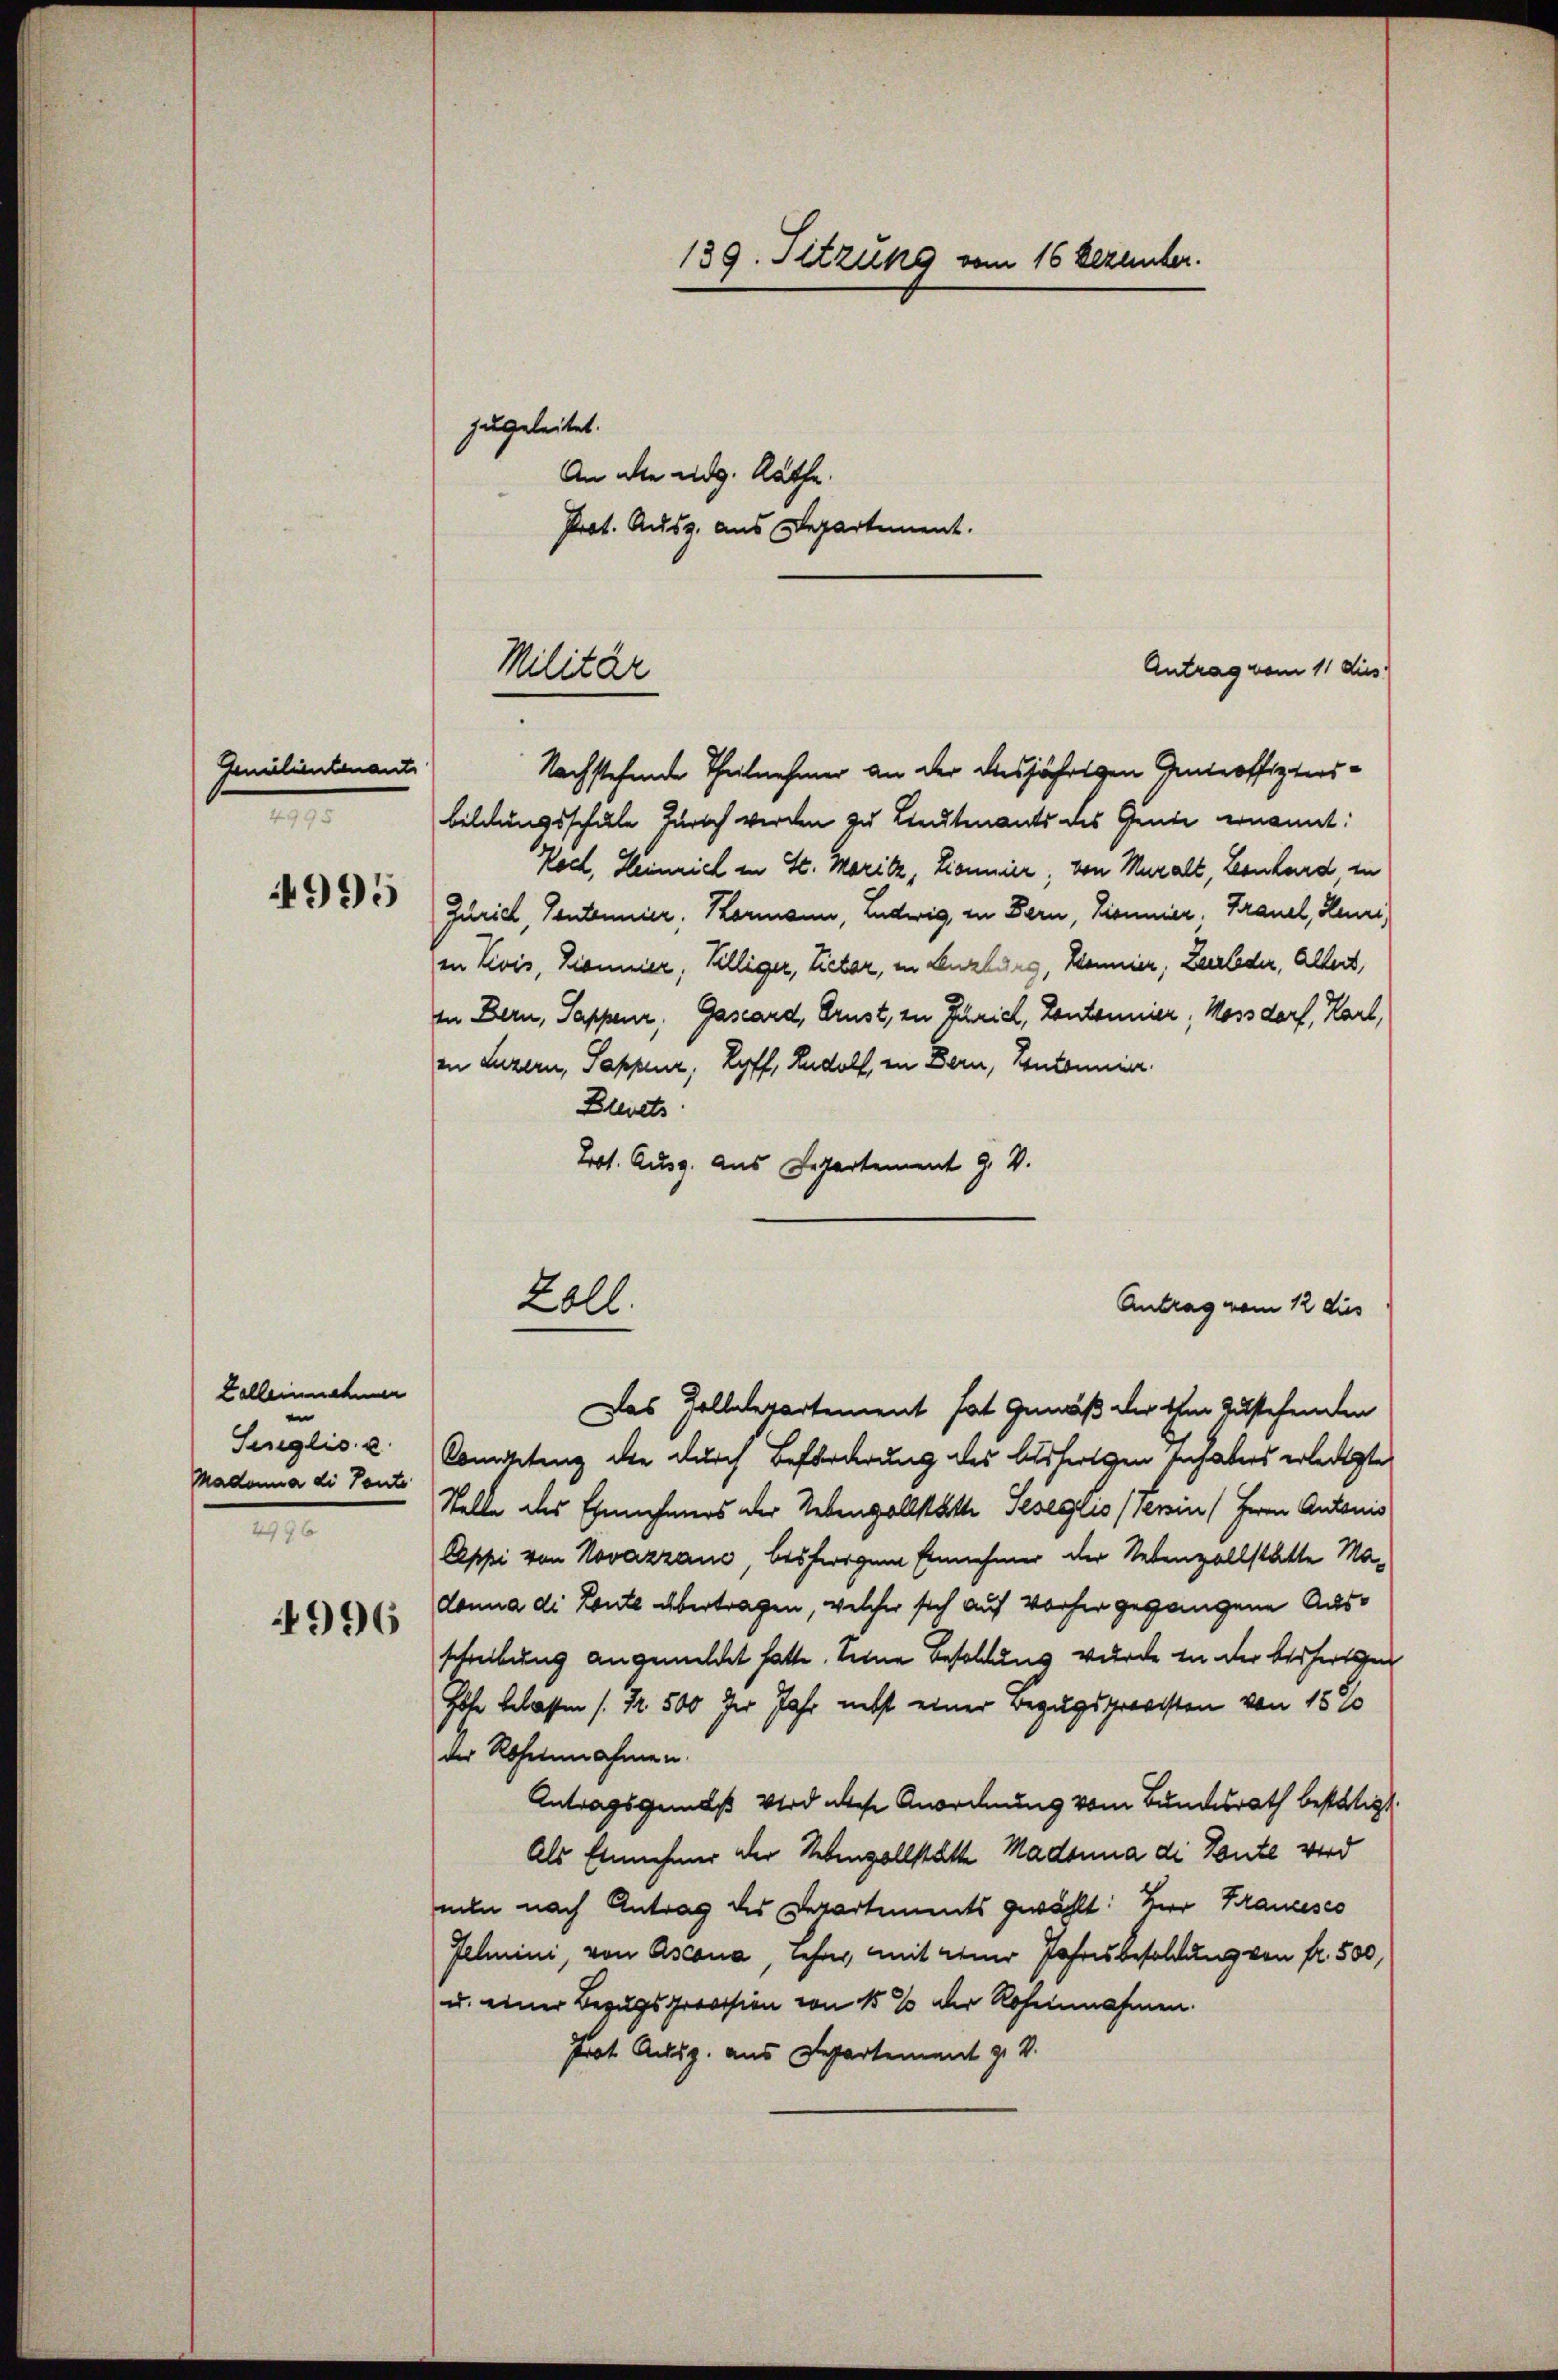
.

Familientenant

4995

Zelleinehmen
e
Senglisa
Madonna die Tante
2

4996

139. Sitzung vom 16 Dezember.
zugeleitet.
An alle eidg. Räthe.
Prot. Ausg. aus Departement.

Antrag vom 11 dies
Nachstehende Theilnehmer an der diesjährigen Anteoffiziersbildungsschule Zürich werden zu Lieutenants des Genie ernannt:
Koch, Heinrich in St. Moritz, Lionnier, von Muralt, Leonhard in
Zürich, Cantonnier, Kormann, Ludwig, in Bern, Sonnier, Frauel, Henri
in Zivis, Kommer, Villiger, Rietor, in Lenzlang, Konnier, Zeerleder, Altert,
In Bern, Sappenr, Gascard, Brust, zu Zürich, Cantonnier, Mossdorf, Karl,
in Luzern, Sappeur, Hoff, Rudolf, in Bern, Contonnier
Blevets
Pot. Ausg. Aus Departement J. V.
Antrag vom 12 dies
Das Zolldepartement hat Gemäß der ihm zustehenden
Competenz die durch Beförderung des Ausfertigen sich abers erledigte
Stelle des Ernehmers der Nebenvollstätte Seseguis (Perin (Herrn Antonis
Appi von Novazzaue, bisherigen Einnehmer der Nebenzollstatte Ma-
donna di Leute übertragen, welcher sich auf vorher gegangene Ausschreibung angemeldet hatte. Seine Besoldung wurde in der beifertigen
Hohe belassen (Nr. 500 der Jahr nebst einer Bezugsprovisten von 15 %
der Rohennahmen.
Antragsgemäß wird diese Anordnung vom Bundesrath bestätigt
Als Einnehmer der Nebenvollstätte Madonna di Leute wird
nun nach Antrag des Departements gewählt: Herr Krancesco
Felmini, von Ascona, Lehrer, mit einer Jahresbesoldung von fr. 500,
u. einer Bezugsprovision von 15 % der Rohennahmen.
Prot. Aug. aus Departement z. B.

Militär

Zoll.